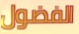
الفضول